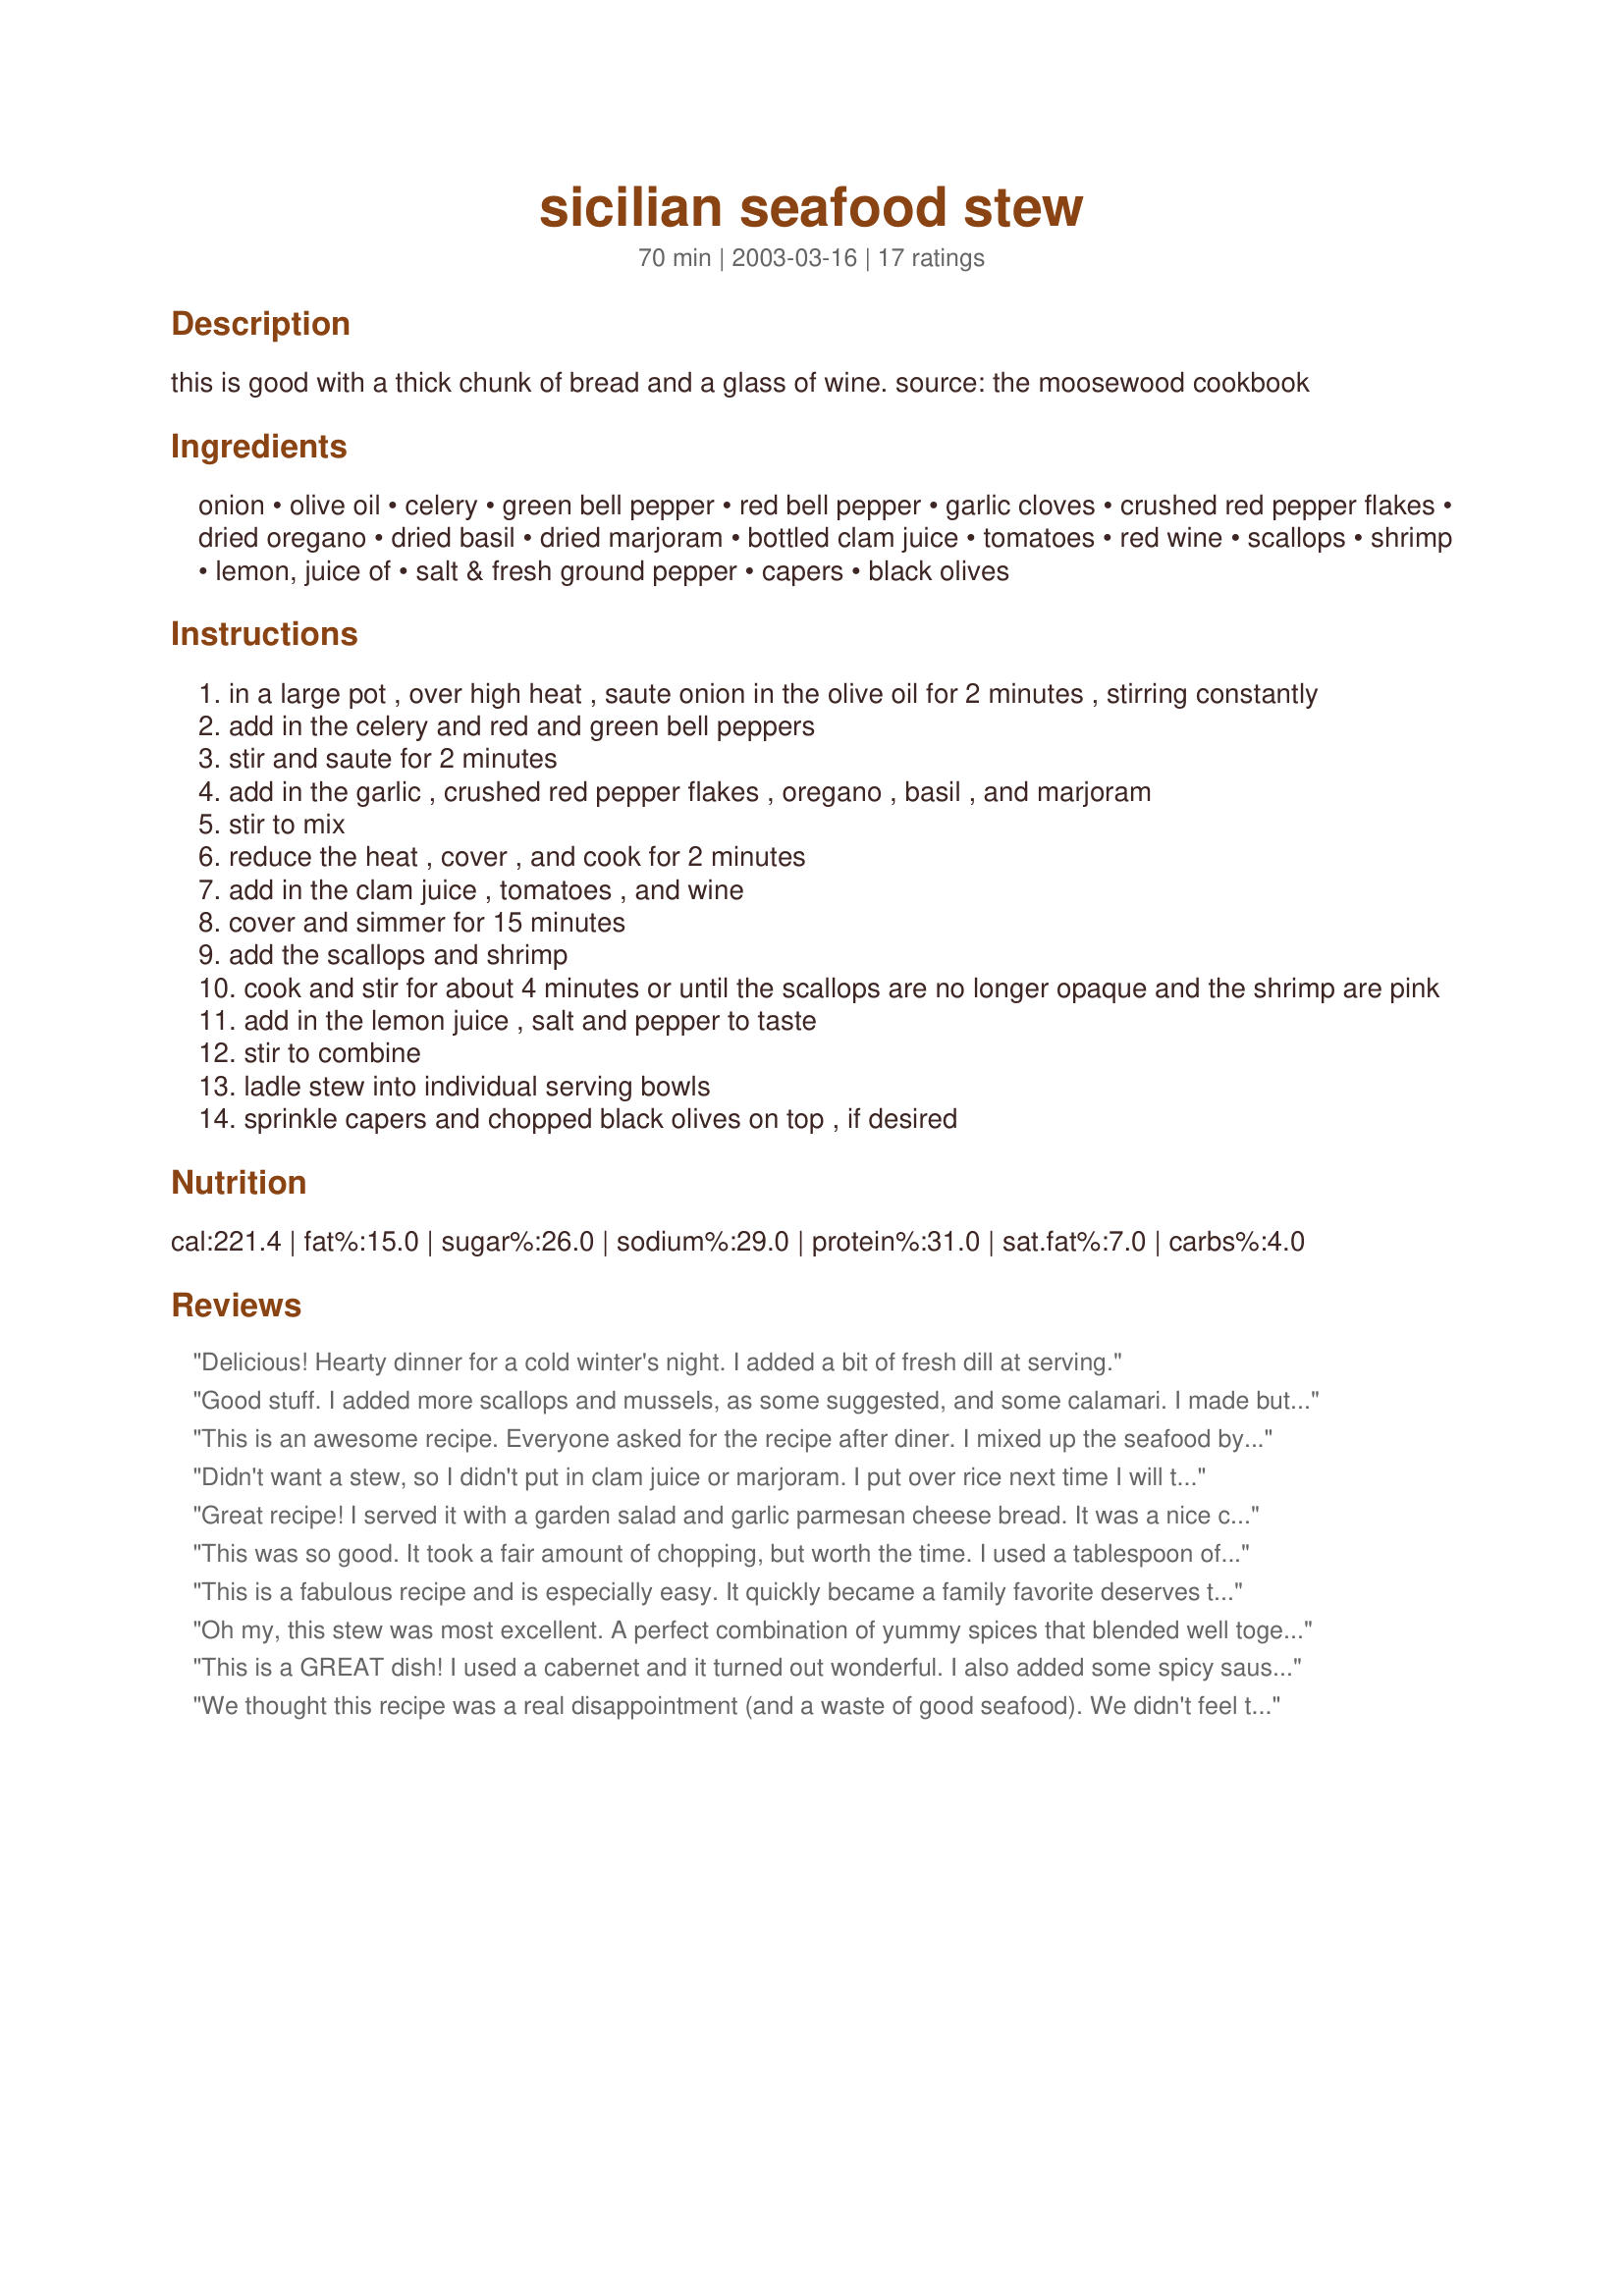
sicilian seafood stew
Preparation time: 70 minutes

this is good with a thick chunk of bread and a glass of wine. source: the moosewood cookbook

Ingredients:
onion, olive oil, celery, green bell pepper, red bell pepper, garlic cloves, crushed red pepper flakes, dried oregano, dried basil, dried marjoram, bottled clam juice, tomatoes, red wine, scallops, shrimp, lemon, juice of, salt & fresh ground pepper, capers, black olives

Steps:
in a large pot , over high heat , saute onion in the olive oil for 2 minutes , stirring constantly
add in the celery and red and green bell peppers
stir and saute for 2 minutes
add in the garlic , crushed red pepper flakes , oregano , basil , and marjoram
stir to mix
reduce the heat , cover , and cook for 2 minutes
add in the clam juice , tomatoes , and wine
cover and simmer for 15 minutes
add the scallops and shrimp
cook and stir for about 4 minutes or until the scallops are no longer opaque and the shrimp are pink
add in the lemon juice , salt and pepper to taste
stir to combine
ladle stew into individual serving bowls
sprinkle capers and chopped black olives on top , if desired

Reviews:
Delicious! Hearty dinner for a cold winter's night. I added a bit of fresh dill at serving.
Good stuff. I added more scallops and mussels, as some suggested, and some calamari. I made but forgot to use the garnish. Everyone loved it. It makes a very light dinner. Husband said he might like the leftovers with rice. I will certinly make it again.
This is an awesome recipe. Everyone asked for the recipe after diner. I mixed up the seafood by adding some talapia and mussels. The only time consuming part is chopping up all the vggies. The spices are excellent and the flavor fantastic!
Didn't want a stew, so I didn't put in clam juice or marjoram. I put over rice next time I will try pasta. Very good.
Great recipe! I served it with a garden salad and garlic parmesan cheese bread. It was a nice change from fried seafood. Thanks!
This was so good. It took a fair amount of chopping, but worth the time. I used a tablespoon of Italian seasonings instead of the 3 listed. Next time i will put the scallops in first and the shrimp 2 minutes later a s the shrimp was a liitle tough. Did not garnish. Leftovers were great. I will add mussells next time. Served with Texas toast and an Australian cab. I will be making this a lot.
This is a fabulous recipe and is especially easy. It quickly became a family favorite deserves to be called a CLASSIC!
Oh my, this stew was most excellent. A perfect combination of yummy spices that blended well together. I used a nice Merlot in the stew which I thought added a wonderful flavor. The garnish was a nice touch, too. As suggested, I served this stew with hot French bread and a glass of Merlot. A great recipe, Nurse Di.
This is a GREAT dish! I used a cabernet and it turned out wonderful. I also added some spicy sausage as was written in the reviews and overall I think it helped the dish a lot. I will be making this often. Thank you!
We thought this recipe was a real disappointment (and a waste of good seafood). We didn't feel the veggies were cooked thoroughly and the flavor was bland yet too acidic. I think it definitely needed some kind of carb but I wouldn't make it again.
This stew is fantastic and I've made it twice in the past two weeks. As someone born and raised in New England, I've always prefered my seafood in chowders, not in a tomato based recipe. But, I've become lactose intolerant and in desperation tried this recipe. I'm converted. The only change I made was to substitute a half tsp of Old Bay Seasoning for the red pepper flakes. This is also an economical soup with only a half pound each of the shrimp and scallops. Next time I'm going to try crab meat in place of the scallops.
Very tasty. I added a cup of mixed sliced mushrooms.
Absolutely wonderful! I added 1 lb of scallops and a zucchini and my family gave this delicious stew rave reviews! A healthy, hearty meal with lots of veggies and fresh seafood, I give this top ratings.
This is a family favourite! We usually double the seafood. I am making this again tomorrow and may add the spicy sausage as someone suggested. Have always served with bread, but may serve with both rice and bread.<br/><br/>Couldn't source Clam juice, but substituted commercial fish broth and boiled shrimp shells in commercial low salt chicken broth. Just delicious! Good with mussels too.
This was SOOOO good. We used some swordfish in it as well. It's funny that whenever we are looking for a recipe the one we decide on turns out to be yours time and again. My next stop is to go right to your cookbook! Thanks!
This is so tasty!!Made exactly as written,but cut in half for the 2 of us.Will be making again.Thanks .
Rave reviews from my dinner guests. I added a link of spicy sausage without the casing instead of the cayenne. The secret to this recipe is cooking the seafood for only 4 minutes. It might be a bit crunchy when you taste it from the pot but by the time you serve it, it's perfect.
